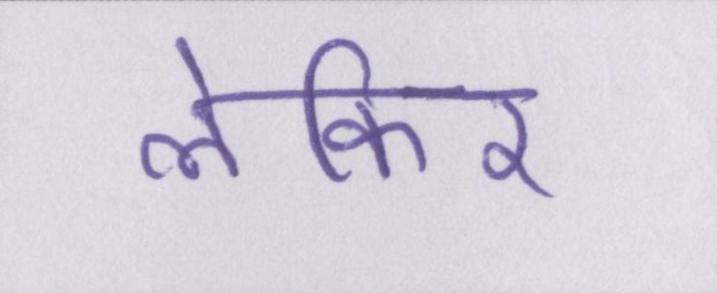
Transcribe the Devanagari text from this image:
लेकिर